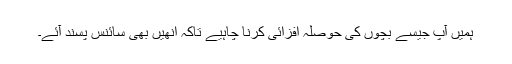
ہمیں آپ جیسے بچوں کی حوصلہ افزائی کرنا چاہیے تاکہ انھیں بھی سائنس پسند آئے۔